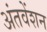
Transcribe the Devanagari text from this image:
अंतवेंशन